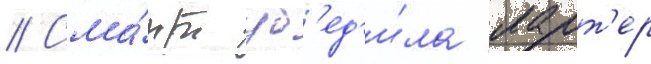
// Сма́рт уб'ед'и́ла ларт'ер